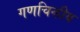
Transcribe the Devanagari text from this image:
गणचिन्हीय